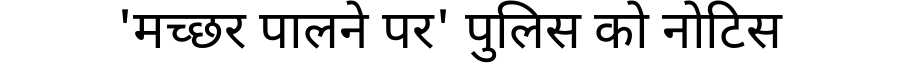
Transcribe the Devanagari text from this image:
'मच्छर पालने पर' पुलिस को नोटिस